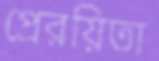
প্রেরয়িতা